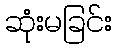
ဆုံးမခြင်း